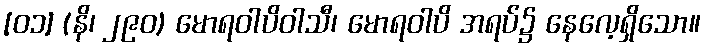
[၀၁] (နိ၊ ၂၉၀) မောရဝါပိဝါသီ၊ မောရဝါပိ အရပ်၌ နေလေ့ရှိသော။